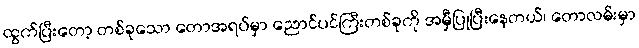
ထွက်ပြီးတော့ တစ်ခုသော တောအရပ်မှာ ညောင်ပင်ကြီးတစ်ခုကို အမှီပြုပြီးနေတယ်၊ တောလမ်းမှာ